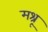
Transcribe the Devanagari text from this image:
मश्रू